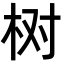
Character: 树